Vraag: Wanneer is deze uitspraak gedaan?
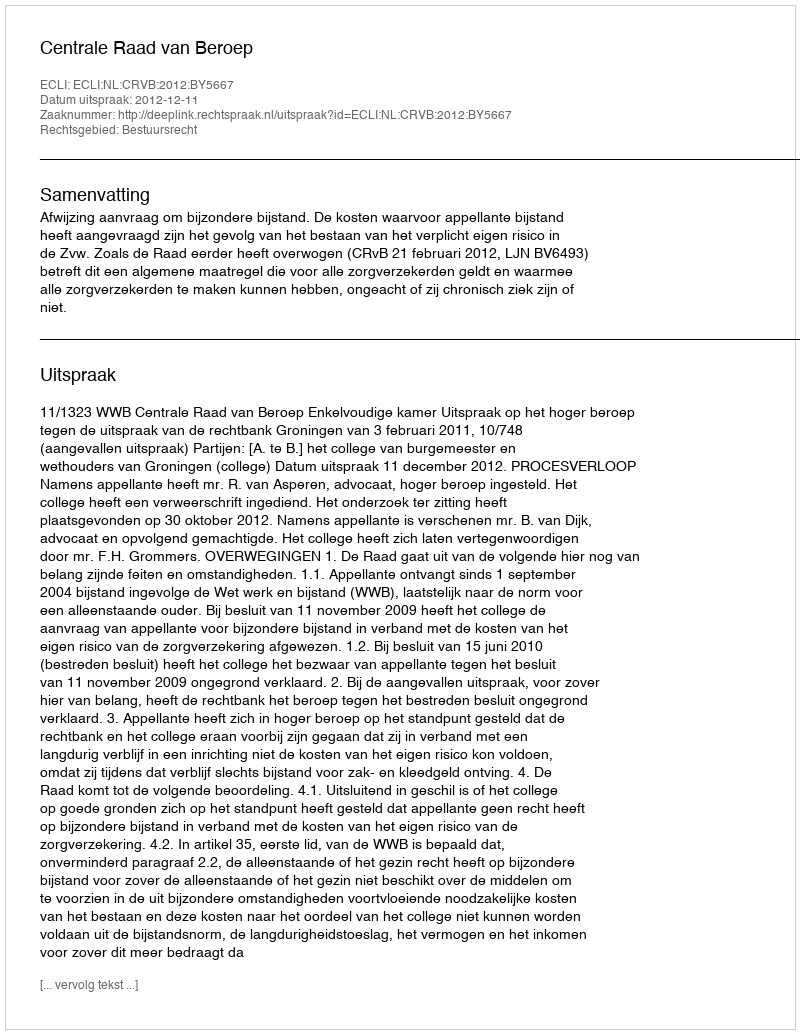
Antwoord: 2012-12-11